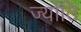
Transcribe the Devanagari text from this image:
ज्योंति